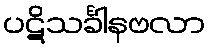
ပဋိသင်္ခါနဗလာ